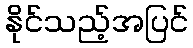
နိုင်သည့်အပြင်